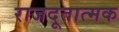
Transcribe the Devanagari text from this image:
राजदूतात्मक